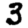
Digit: 3